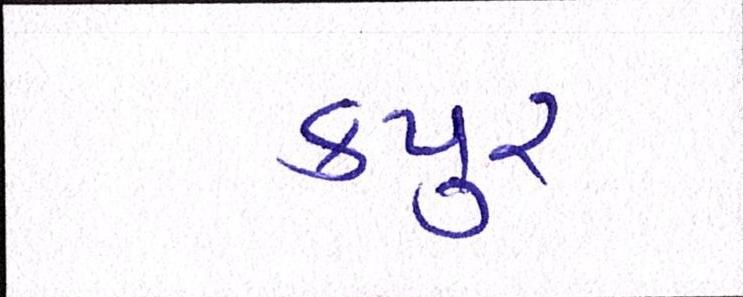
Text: કપુર